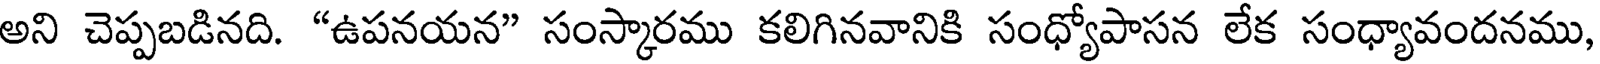
అని చెప్పబడినది. "ఉపనయన" సంస్కారము కలిగినవానికి సంధ్యోపాసన లేక సంధ్యావందనము,